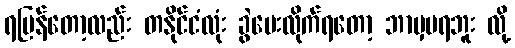
ရပြန်တော့လည်း တနိုင်ငံလုံး ခွဲပေးလိုက်ရတော့ ဘာမှမရဘူး လို့